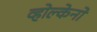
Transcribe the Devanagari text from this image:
व्होल्केनो